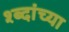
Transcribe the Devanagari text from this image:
श्ब्दांच्या